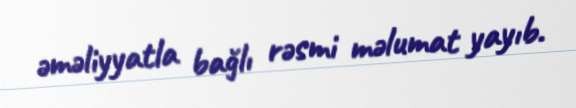
əməliyyatla bağlı rəsmi məlumat yayıb.